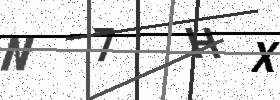
Text: N7HX